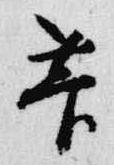
菅